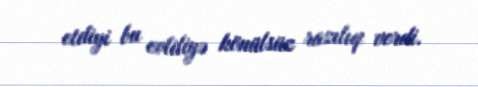
etdiyi bu evliliyə könülsüz razılıq verdi.